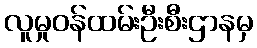
လူမှုဝန်ထမ်းဦးစီးဌာနမှ